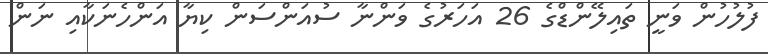
ފުލުހުން ވަނީ ތައިލޭންޑްގެ 26 އަހަރުގެ ވަންނާ ސުއަންސަން ކިޔާ އަންހެނަކާއި ނަން